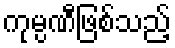
ကုမ္ပဏီဖြစ်သည့်